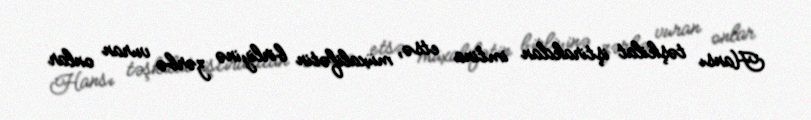
Hansı təşkilat iştirakdan imtina etsə, müxalifətin birliyinə zərbə vuran onlar